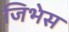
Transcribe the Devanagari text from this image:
जिभेस